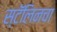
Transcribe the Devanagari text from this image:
स्टॅलिनचा